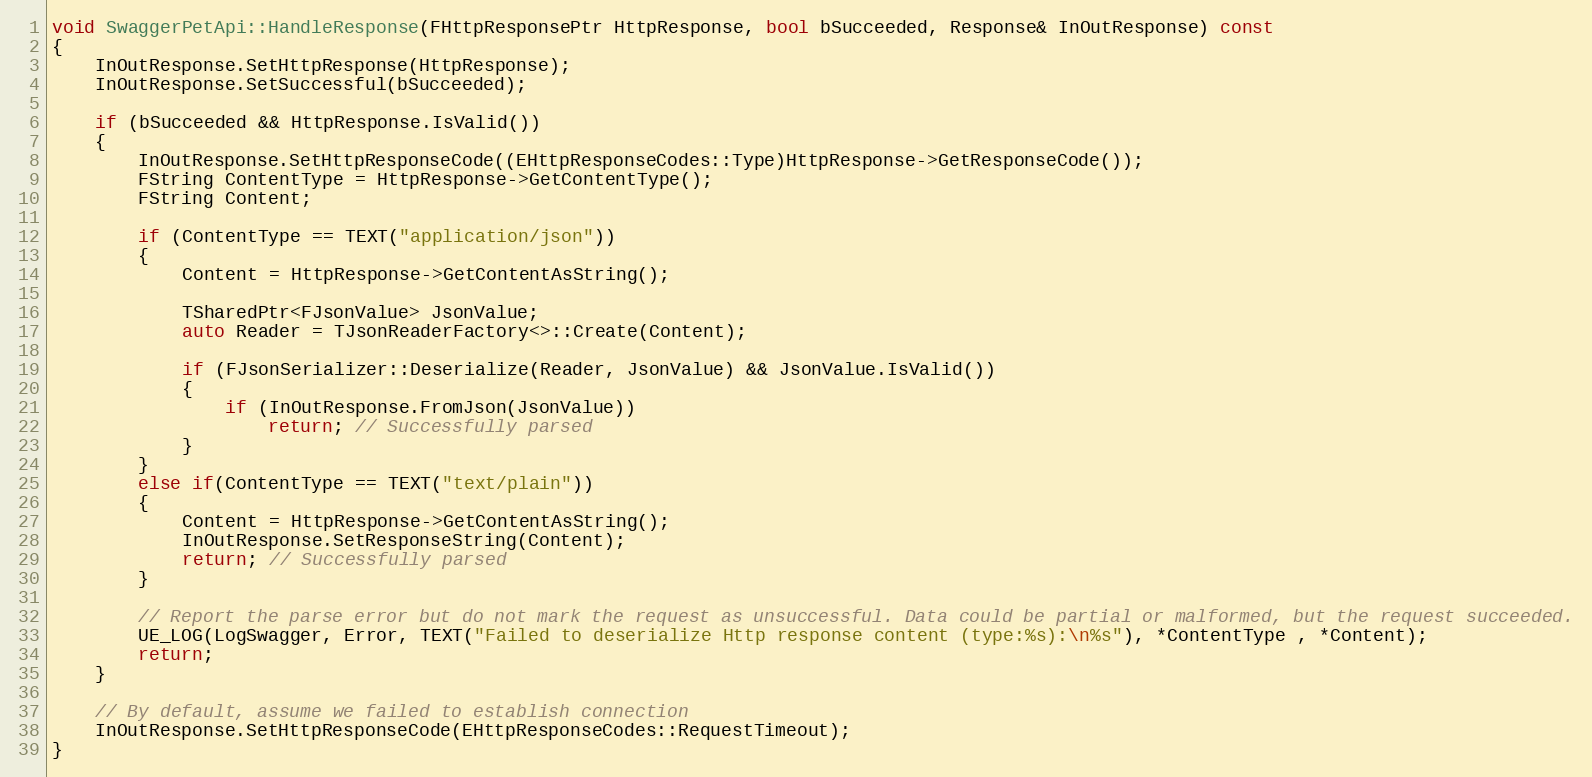
Language: C++
void SwaggerPetApi::HandleResponse(FHttpResponsePtr HttpResponse, bool bSucceeded, Response& InOutResponse) const
{
	InOutResponse.SetHttpResponse(HttpResponse);
	InOutResponse.SetSuccessful(bSucceeded);

	if (bSucceeded && HttpResponse.IsValid())
	{
		InOutResponse.SetHttpResponseCode((EHttpResponseCodes::Type)HttpResponse->GetResponseCode());
		FString ContentType = HttpResponse->GetContentType();
		FString Content;

		if (ContentType == TEXT("application/json"))
		{
			Content = HttpResponse->GetContentAsString();

			TSharedPtr<FJsonValue> JsonValue;
			auto Reader = TJsonReaderFactory<>::Create(Content);

			if (FJsonSerializer::Deserialize(Reader, JsonValue) && JsonValue.IsValid())
			{
				if (InOutResponse.FromJson(JsonValue))
					return; // Successfully parsed
			}
		}
		else if(ContentType == TEXT("text/plain"))
		{
			Content = HttpResponse->GetContentAsString();
			InOutResponse.SetResponseString(Content);
			return; // Successfully parsed
		}

		// Report the parse error but do not mark the request as unsuccessful. Data could be partial or malformed, but the request succeeded.
		UE_LOG(LogSwagger, Error, TEXT("Failed to deserialize Http response content (type:%s):\n%s"), *ContentType , *Content);
		return;
	}

	// By default, assume we failed to establish connection
	InOutResponse.SetHttpResponseCode(EHttpResponseCodes::RequestTimeout);
}